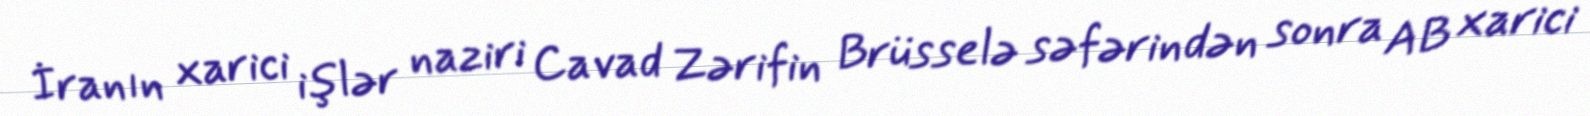
İranın xarici işlər naziri Cavad Zərifin Brüsselə səfərindən sonra AB xarici